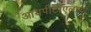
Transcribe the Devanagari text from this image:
आयपीटीएलच्या